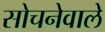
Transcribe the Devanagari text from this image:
सोचनेवाले